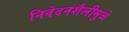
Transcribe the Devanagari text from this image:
निवेदनशैलीमुळे